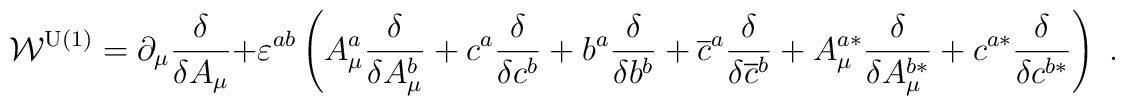
\mathcal{W}^{\mathrm{U(1)}}=\partial _\mu \frac \delta {\delta A_\mu}+\varepsilon ^{ab}\left( A_\mu ^a\frac \delta {\delta A_\mu ^b}+c^a\frac\delta {\delta c^b}+b^a\frac \delta {\delta b^b}+\overline{c}^a\frac \delta{\delta \overline{c}^b}+A_\mu ^{a*}\frac \delta {\delta A_\mu^{b*}}+c^{a*}\frac \delta {\delta c^{b*}}\right) \;.